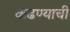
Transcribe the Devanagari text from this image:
कढण्याची